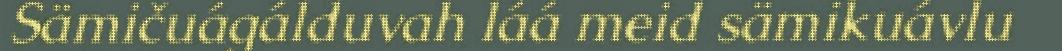
Sämičuágálduvah láá meid sämikuávlu